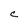
Character: C